Annual vaccination report of Bihar and Orissa - 1911-1928
Year: 1911
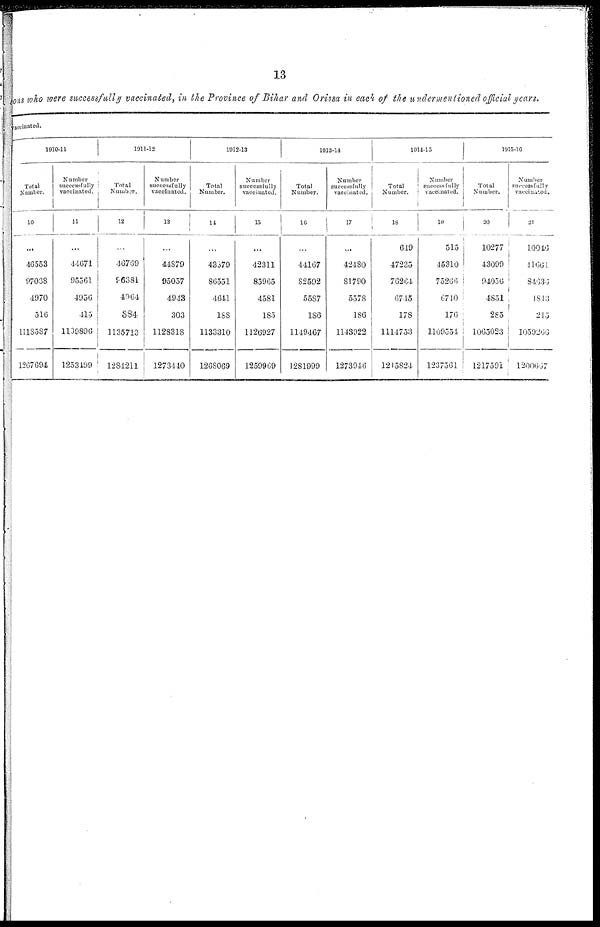
13
sons who were successfully vaccinated, in the Province of Bihar and Orissa in each of the undermentioned official years.
vaccinated.
1910-11
Total
Number.
10
...
46553
97068
4970
516
1118587
1267694
Number
successfully
vaccinated.
11
...
44671
95561
4956
415
1109896
1253499
1911-12
Total
Number.
12
...
46769
96381
4964
384
1135713
1284211
Number
successfully
vaccinated.
13
...
44879
95057
4943
303
1128318
1273440
1912-13
Total
Number.
14
...
43379
86551
4641
188
1133310
1268069
Number
successfully
vaccinated.
15
...
42311
85965
4581
185
1126927
1259969
1913-14
Total
Number.
16
...
44167
82592
5587
186
1149467
1281999
Number
successfully
vaccinated.
17
...
42480
81790
5578
186
1143922
1273946
1914-15
Total
Number.
18
649
47235
76264
67.15
178
1114753
1215824
Number
successfully
vaccinated.
19
515
45310
75266
67.10
176
1109554
1237561
1015-16
Total
Number.
20
10277
43099
94056
4851
285
1065023
1217591
Number
successfully
vaccinated.
21
10046
11661
84636
1843
215
1059266
1200667